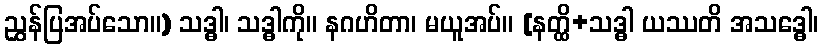
ညွှန်ပြအပ်သော။) သဒ္ဓါ၊ သဒ္ဓါကို။ နဂဟိတာ၊ မယူအပ်။ [နတ္ထိ+သဒ္ဓါ ယဿတိ အသဒ္ဓေါ၊